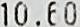
10.60